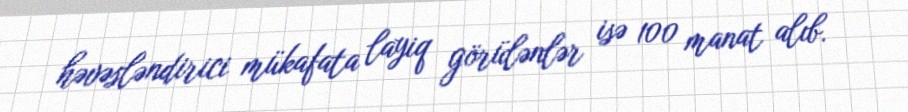
həvəsləndirici mükafata layiq görülənlər isə 100 manat alıb.